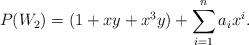
LaTeX: \begin{align*}P(W_2)= (1+xy+x^3y) +\sum \limits _{i=1}^{n}a_i x^i.\end{align*}